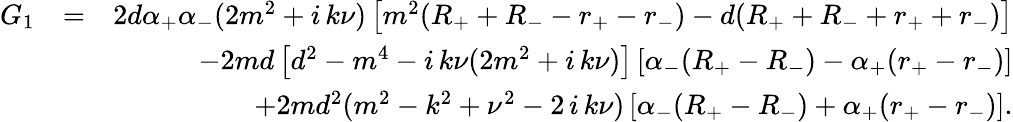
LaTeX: \begin{array}{rlr}{G_{1}}&{=}&{2d\alpha_{+}\alpha_{-}(2m^{2}+i\, k\nu)\left[m^{2}(R_{+}+R_{-}-r_{+}-r_{-})-d(R_{+}+R_{-}+r_{+}+r_{-})\right]}\\ &{}&{-2md\left[d^{2}-m^{4}-i\, k\nu(2m^{2}+i\, k\nu)\right]\left[\alpha_{-}(R_{+}-R_{-})-\alpha_{+}(r_{+}-r_{-})\right]}\\ &{}&{+2md^{2}(m^{2}-k^{2}+\nu^{2}-2\, i\, k\nu)\left[\alpha_{-}(R_{+}-R_{-})+\alpha_{+}(r_{+}-r_{-})\right].}\end{array}